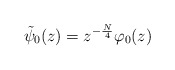
\begin{align*}\tilde{\psi}_0(z) = z^{- \frac N4} \varphi_0(z)\end{align*}